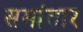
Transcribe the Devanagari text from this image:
समांतार